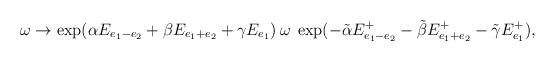
LaTeX: \begin{align*}\omega \to \exp( \alpha E_{e_1-e_2}+\beta E_{e_1+e_2}+\gamma E_{e_1}) \>\omega\>\exp( -\tilde \alpha E_{e_1-e_2}^+-\tilde \beta E_{e_1+e_2}^+-\tilde \gamma E_{e_1}^+),\end{align*}